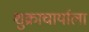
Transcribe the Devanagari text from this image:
शुक्राचार्याला